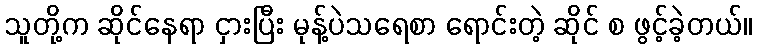
သူတို့က ဆိုင်နေရာ ငှားပြီး မုန့်ပဲသရေစာ ရောင်းတဲ့ ဆိုင် စ ဖွင့်ခဲ့တယ်။